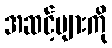
အဆင့်များကို